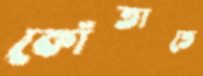
কোঁতাতে